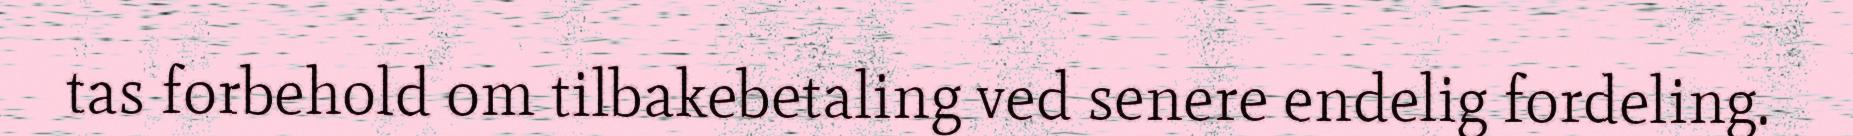
tas forbehold om tilbakebetaling ved senere endelig fordeling.